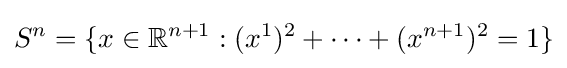
S^{n}=\{x\in \mathbb {R} ^{n+1}:(x^{1})^{2}+\cdots +(x^{n+1})^{2}=1\}